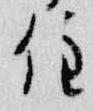
住